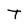
Character: T